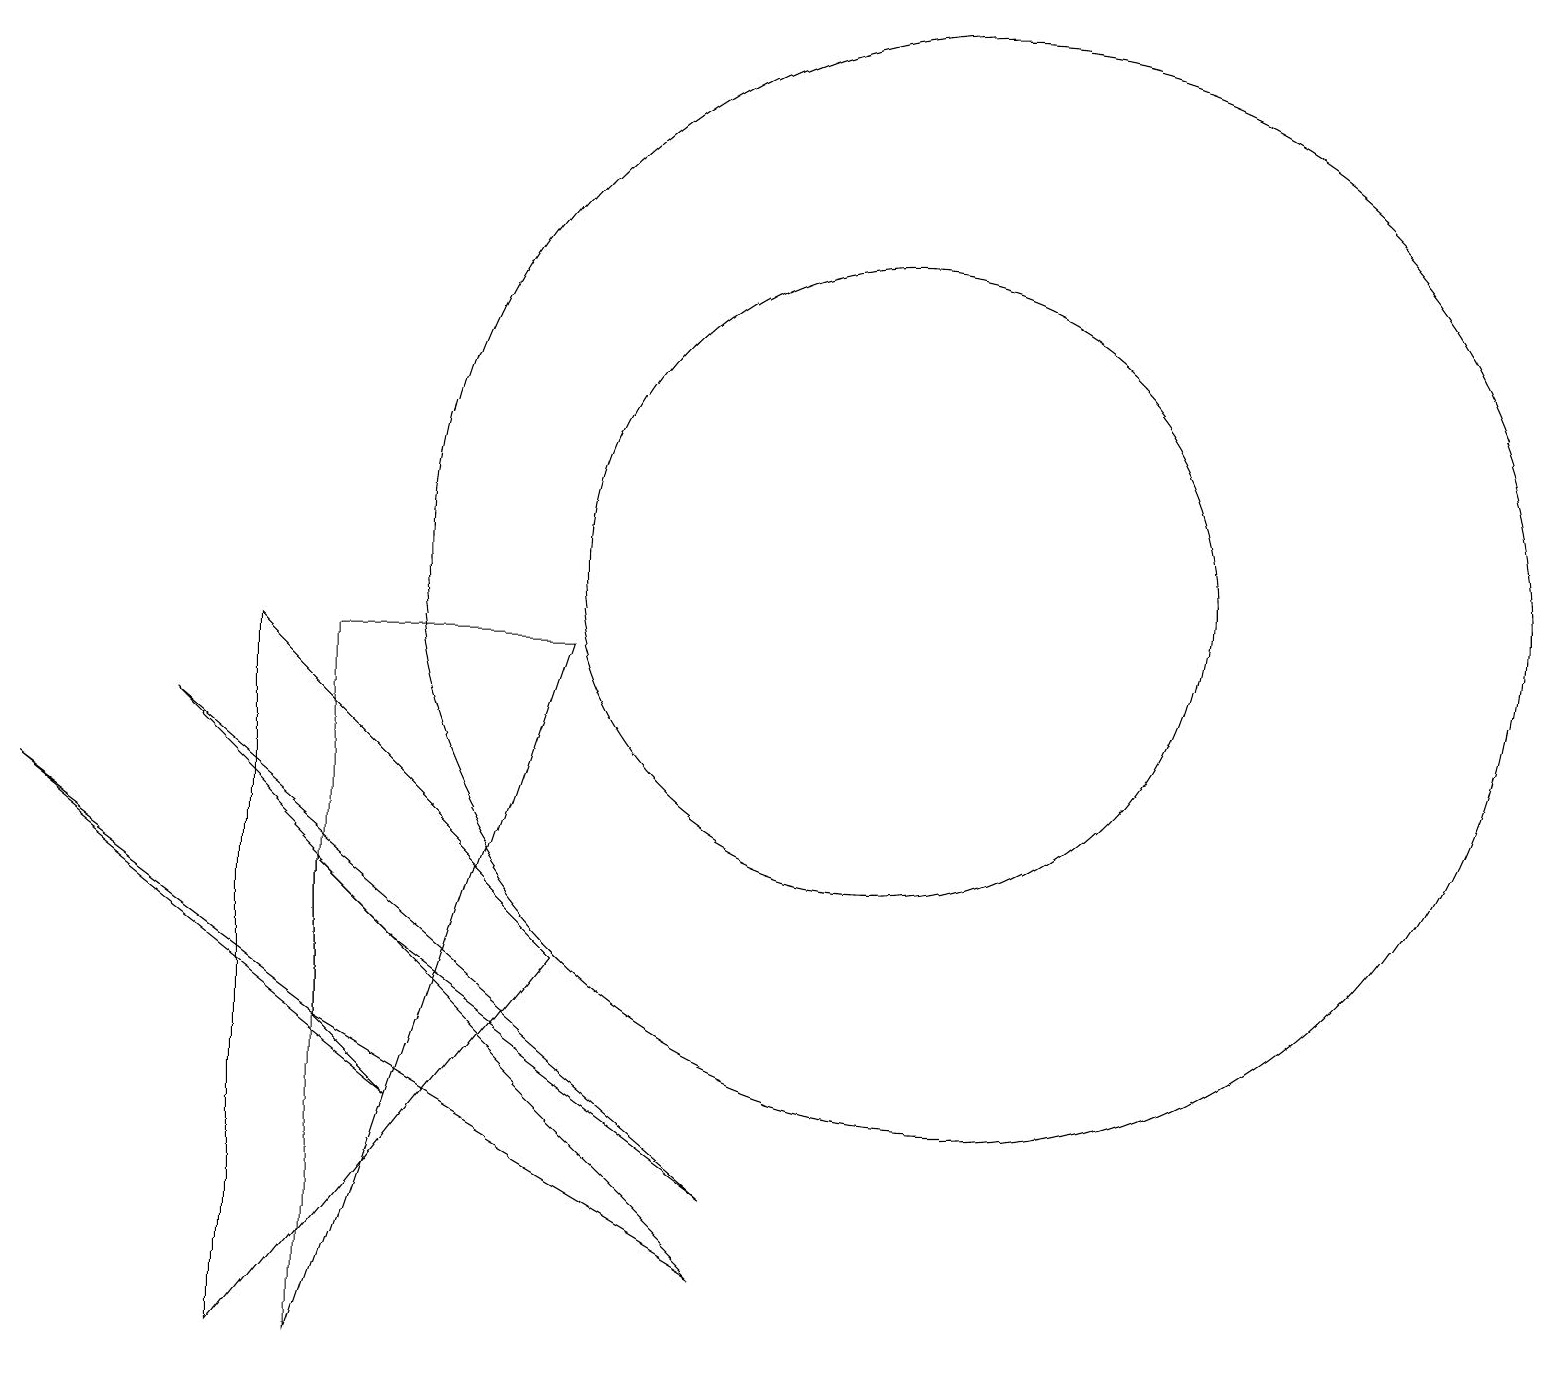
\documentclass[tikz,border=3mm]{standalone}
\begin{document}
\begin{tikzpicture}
\draw (3,0) -- (3,9) -- (7,5) -- cycle;
\draw (4,4) -- (0,7) -- (5,3) -- cycle;
\draw (11,10) circle (4);
\draw (4,0) -- (7,9) -- (4,9) -- cycle;
\draw (12,10) circle (7);
\draw (5,5) -- (9,2) -- (2,8) -- cycle;
\draw (9,1) -- (4,4) -- (4,6) -- cycle;
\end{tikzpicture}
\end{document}